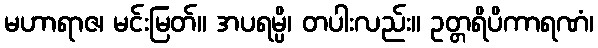
မဟာရာဇ၊ မင်းမြတ်။ အပရမ္ပိ၊ တပါးလည်း။ ဥတ္တရိပိကာရဏံ၊